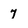
Character: 7